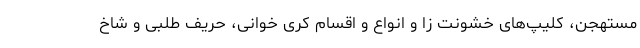
مستهجن، کلیپ‌های خشونت زا و انواع و اقسام کری خوانی، حریف طلبی و شاخ